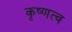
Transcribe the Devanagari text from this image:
कृष्णत्व